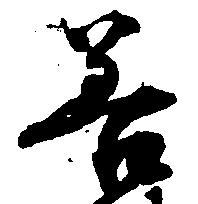
善